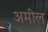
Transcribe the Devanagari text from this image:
अमील